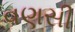
વણસી